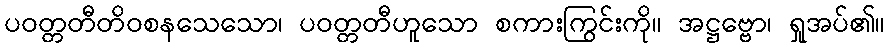
ပဝတ္တတီတိဝစနသေသော၊ ပဝတ္တတီဟူသော စကားကြွင်းကို။ အဋ္ဌဗ္ဗော၊ ရှုအပ်၏။